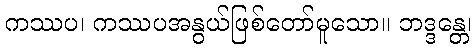
ကဿပ၊ ကဿပအနွယ်ဖြစ်တော်မူသော။ ဘဒ္ဒန္တေ၊